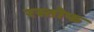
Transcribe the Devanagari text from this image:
रस्तोफ